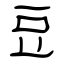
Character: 豆